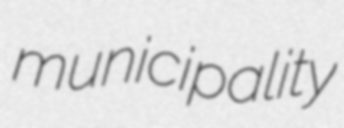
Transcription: municipality